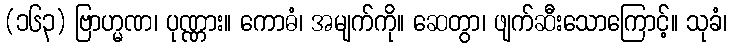
(၁၆၃) ဗြာဟ္မဏ၊ ပုဏ္ဏား။ ကောဓံ၊ အမျက်ကို။ ဆေတွာ၊ ဖျက်ဆီးသောကြောင့်။ သုခံ၊